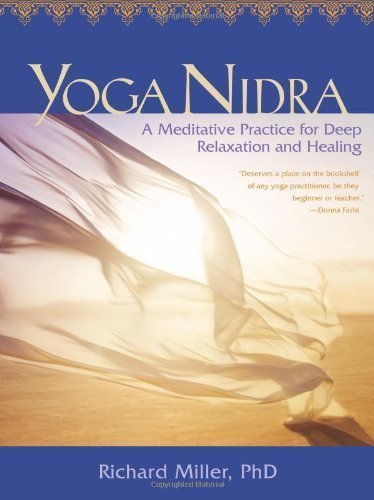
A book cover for Yoga Nidra: A Meditative Practice for Deep Relaxation and Healing [With CD (Audio)] by Richard Miller (Mar 1 2010); Travel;